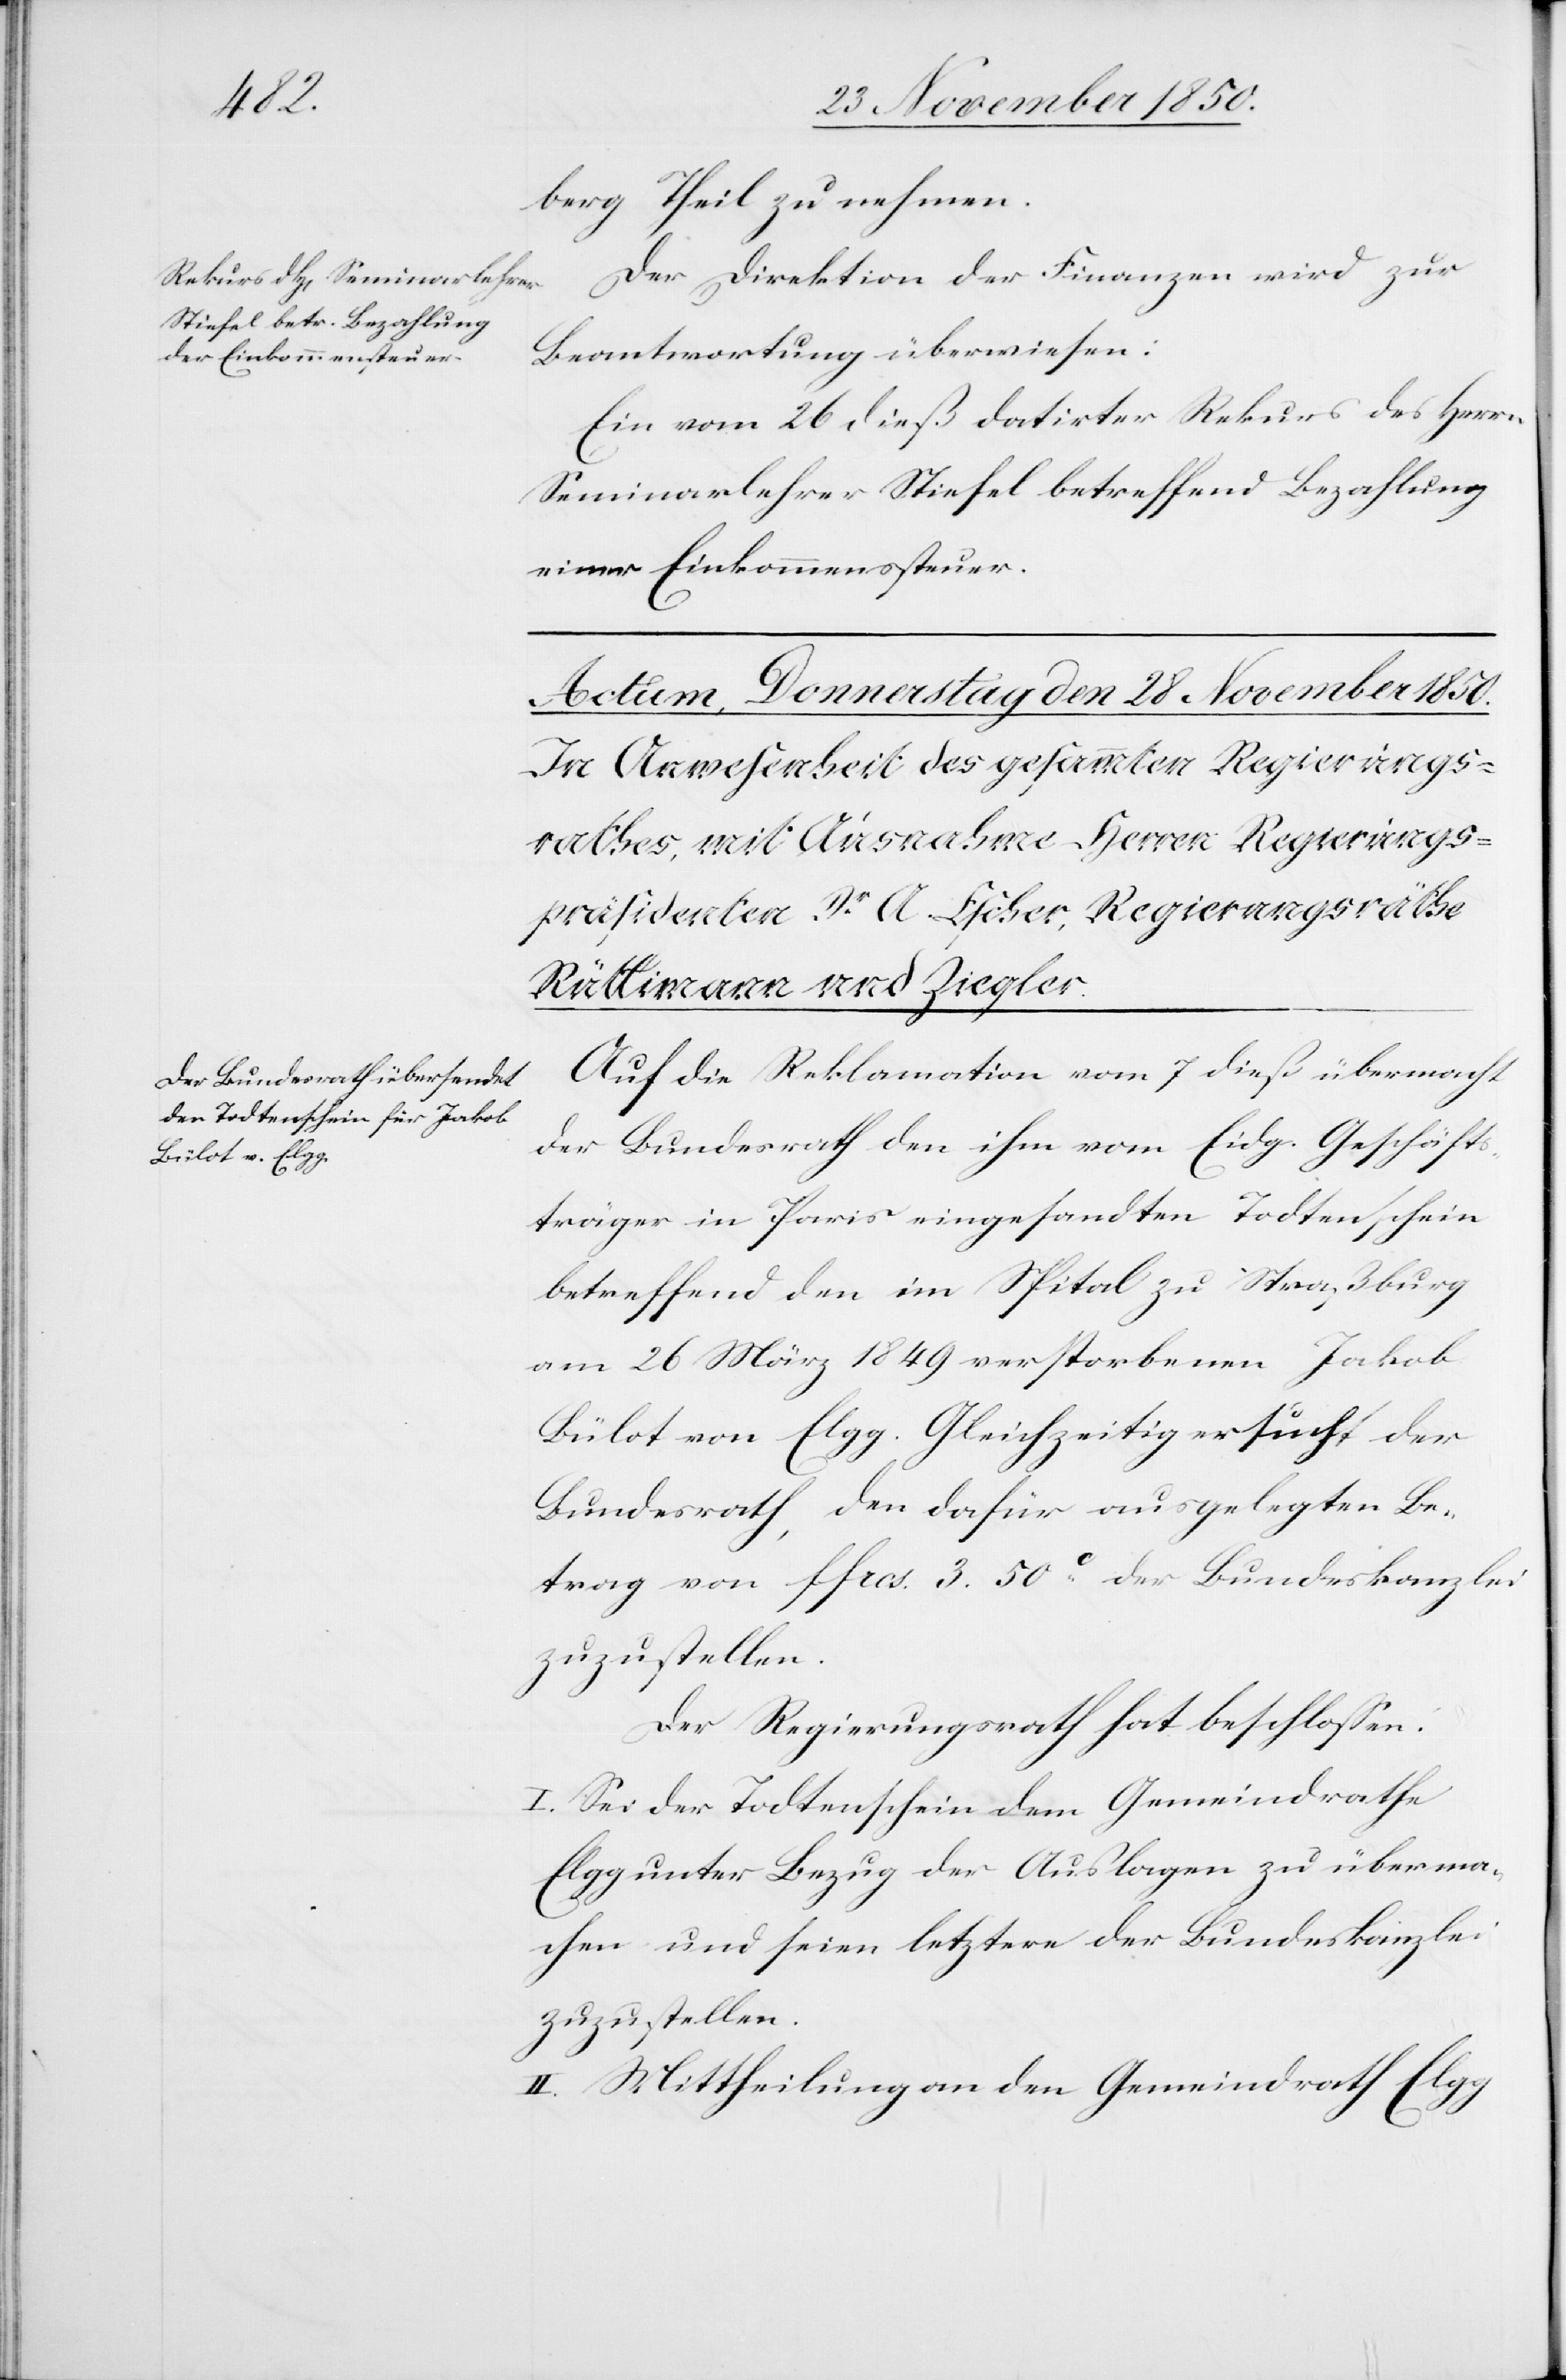
27 November 1850.]
berg Theil zu nehmen.
Der Direktion der Finanzen wird zur
Beantwortung überwiesen:
Ein vom 26 dieß datirter Rekurs des Herrn
Seminarlehrer Stiefel betreffend Bezahlung
einer Einkommenssteuer.
Auf die Reklamation vom 7 dieß übermacht
der Bundesrath den ihm vom Eidg. Geschäfts¬
träger in Paris eingesandten Todtenschein
betreffend den im Spital zu Straßburg
am 26 März 1849 verstorbenen Jakob
Bülot von Elgg. Gleichzeitig ersucht der
Bundesrath, den dafür ausgelegten Be¬
trag von ffrcs. 3. 50 C der Bundeskanzlei
zuzustellen.
Der Regierungsrath hat beschlossen:
I. Sei der Todtenschein dem Gemeindrathe
Elgg unter Bezug der Auslagen zu überma¬
chen und seien letztere der Bundeskanzlei
zuzustellen.
II. Mittheilung an den Gemeindrath Elgg